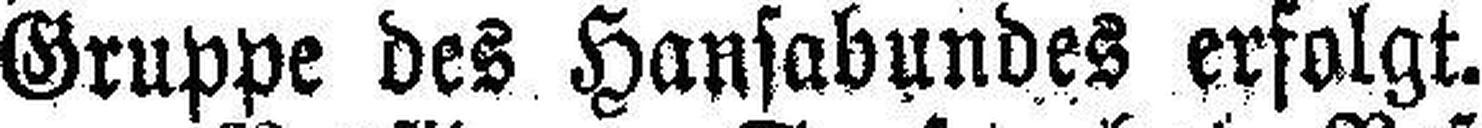
Gruppe des Hansabundes erfolgt.